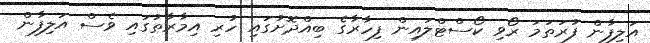
އަލިފާން ފުރަތަމަ ރޯވި ކޯސްޓްލައިން ފިހާރާގެ ބިއްދޮށުގައި ހުރި އިމާރާތުގައި ވެސް އަލިފާން